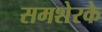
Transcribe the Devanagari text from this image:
समशेरके